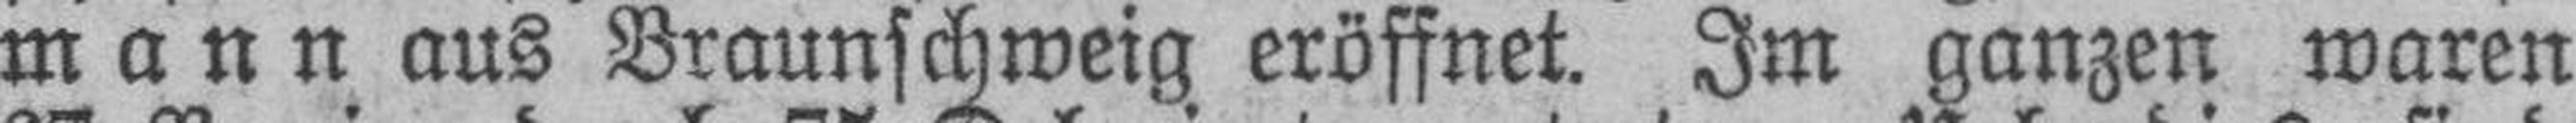
mann aus Braunschweig eröffnet. Im ganzen waren